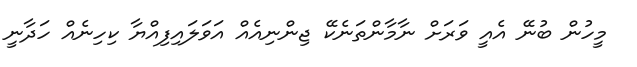
މީހުން ބުނޭ އެއީ ވަރަށް ނާމާންތަނެކޭ ޖިންނިއެއް އަވަލައިފިއްޔާ ކިހިނެއް ހަދާނީ